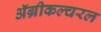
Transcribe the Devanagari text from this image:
ॲग्रीकल्चरल